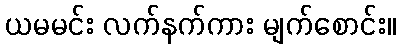
ယမမင်း လက်နက်ကား မျက်စောင်း။